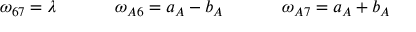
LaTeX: \begin{array} { c c c } { { \omega _ { 6 7 } = \lambda ~ ~ ~ } } & { { ~ ~ ~ ~ \omega _ { A 6 } = a _ { A } - b _ { A } ~ ~ ~ } } & { { ~ ~ ~ ~ \omega _ { A 7 } = a _ { A } + b _ { A } } } \end{array}